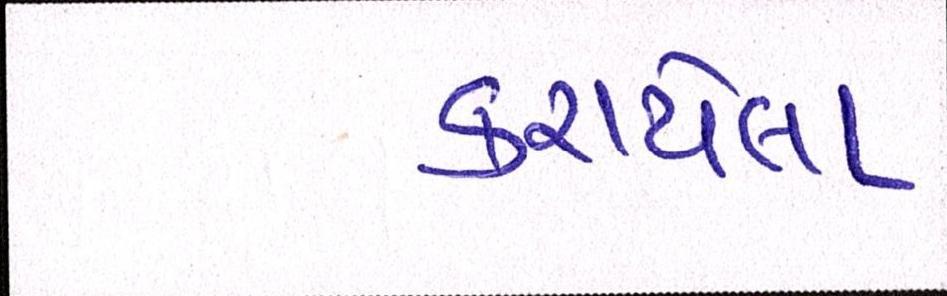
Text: કરાયેલા